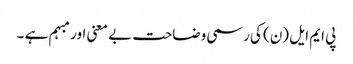
پی ایم ایل (ن) کی رسمی وضاحت بے معنی اور مبہم ہے ۔